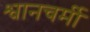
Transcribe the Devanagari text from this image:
श्वानचर्मी